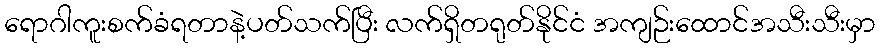
ရောဂါကူးစက်ခံရတာနဲ့ပတ်သက်ပြီး လက်ရှိတရုတ်နိုင်ငံ အကျဉ်းထောင်အသီးသီးမှာ